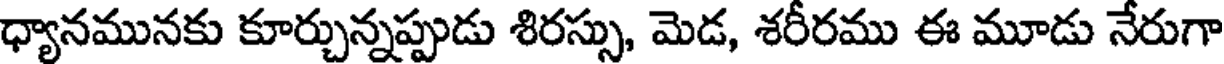
ధ్యానమునకు కూర్చున్నప్పుడు శిరస్సు, మెడ, శరీరము ఈ మూడు నేరుగా